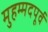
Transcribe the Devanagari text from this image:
मुहम्मदपूर्व